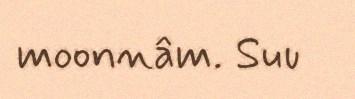
moonnâm. Suu